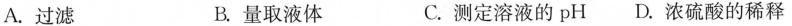
A.过滤 B.量取液体 C.测定溶液的pH D.浓硫酸的稀释